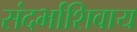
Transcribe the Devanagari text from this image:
संदर्भाशिवाय